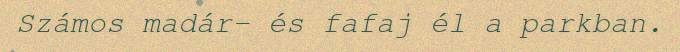
Számos madár- és fafaj él a parkban.